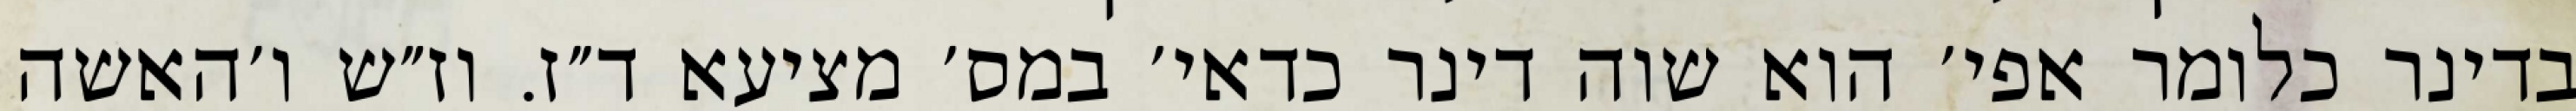
בדינר כלומר אפי׳ הוא שוה דינר כדאי׳ במס׳ מציעא ד״ז. וז״ש ו׳האשה